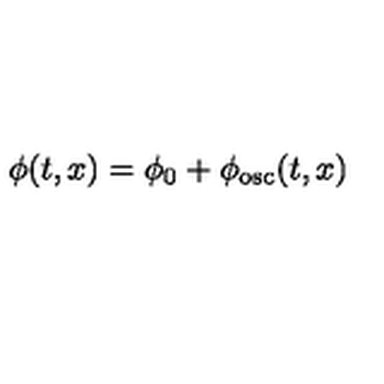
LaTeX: { \phi } ( t , x ) = \phi _ { 0 } + { \phi } _ { \mathrm { { o s c } } } ( t , x )